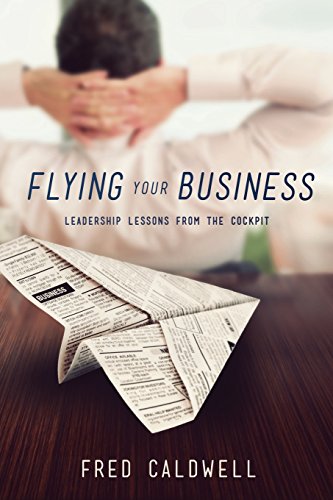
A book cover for Flying Your Business: Leadership Lessons from the Cockpit; Fred Caldwell; Business & Money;